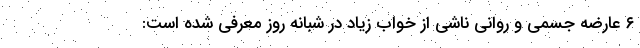
۶ عارضه جسمی و روانی ناشی از خواب زیاد در شبانه روز معرفی شده است: